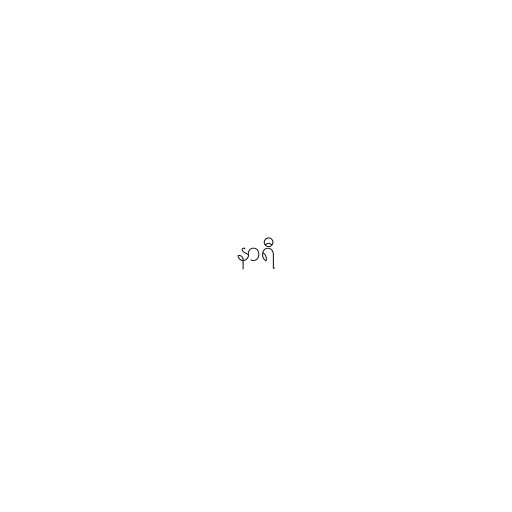
နာရီ